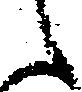
之